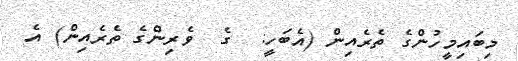
މިބައިމީހުންގެ ތެރެއިން (އެބަހީ:  ގެ  ވެރިންގެ ތެރެއިން) އެ